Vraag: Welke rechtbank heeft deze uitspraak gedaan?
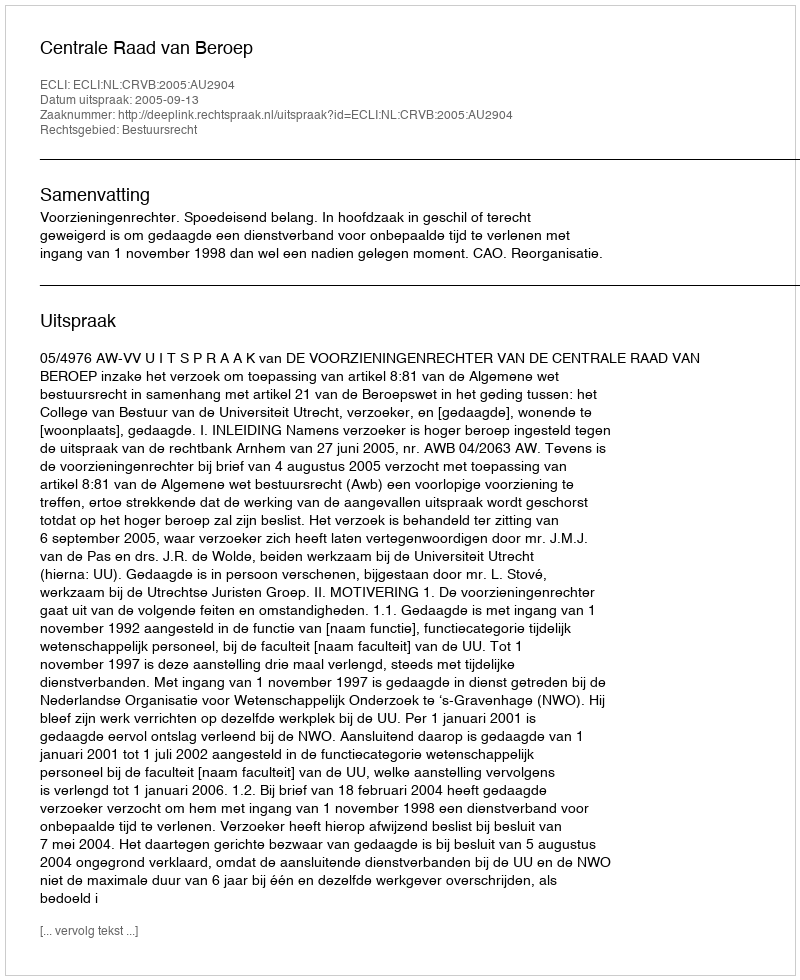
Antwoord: Centrale Raad van Beroep